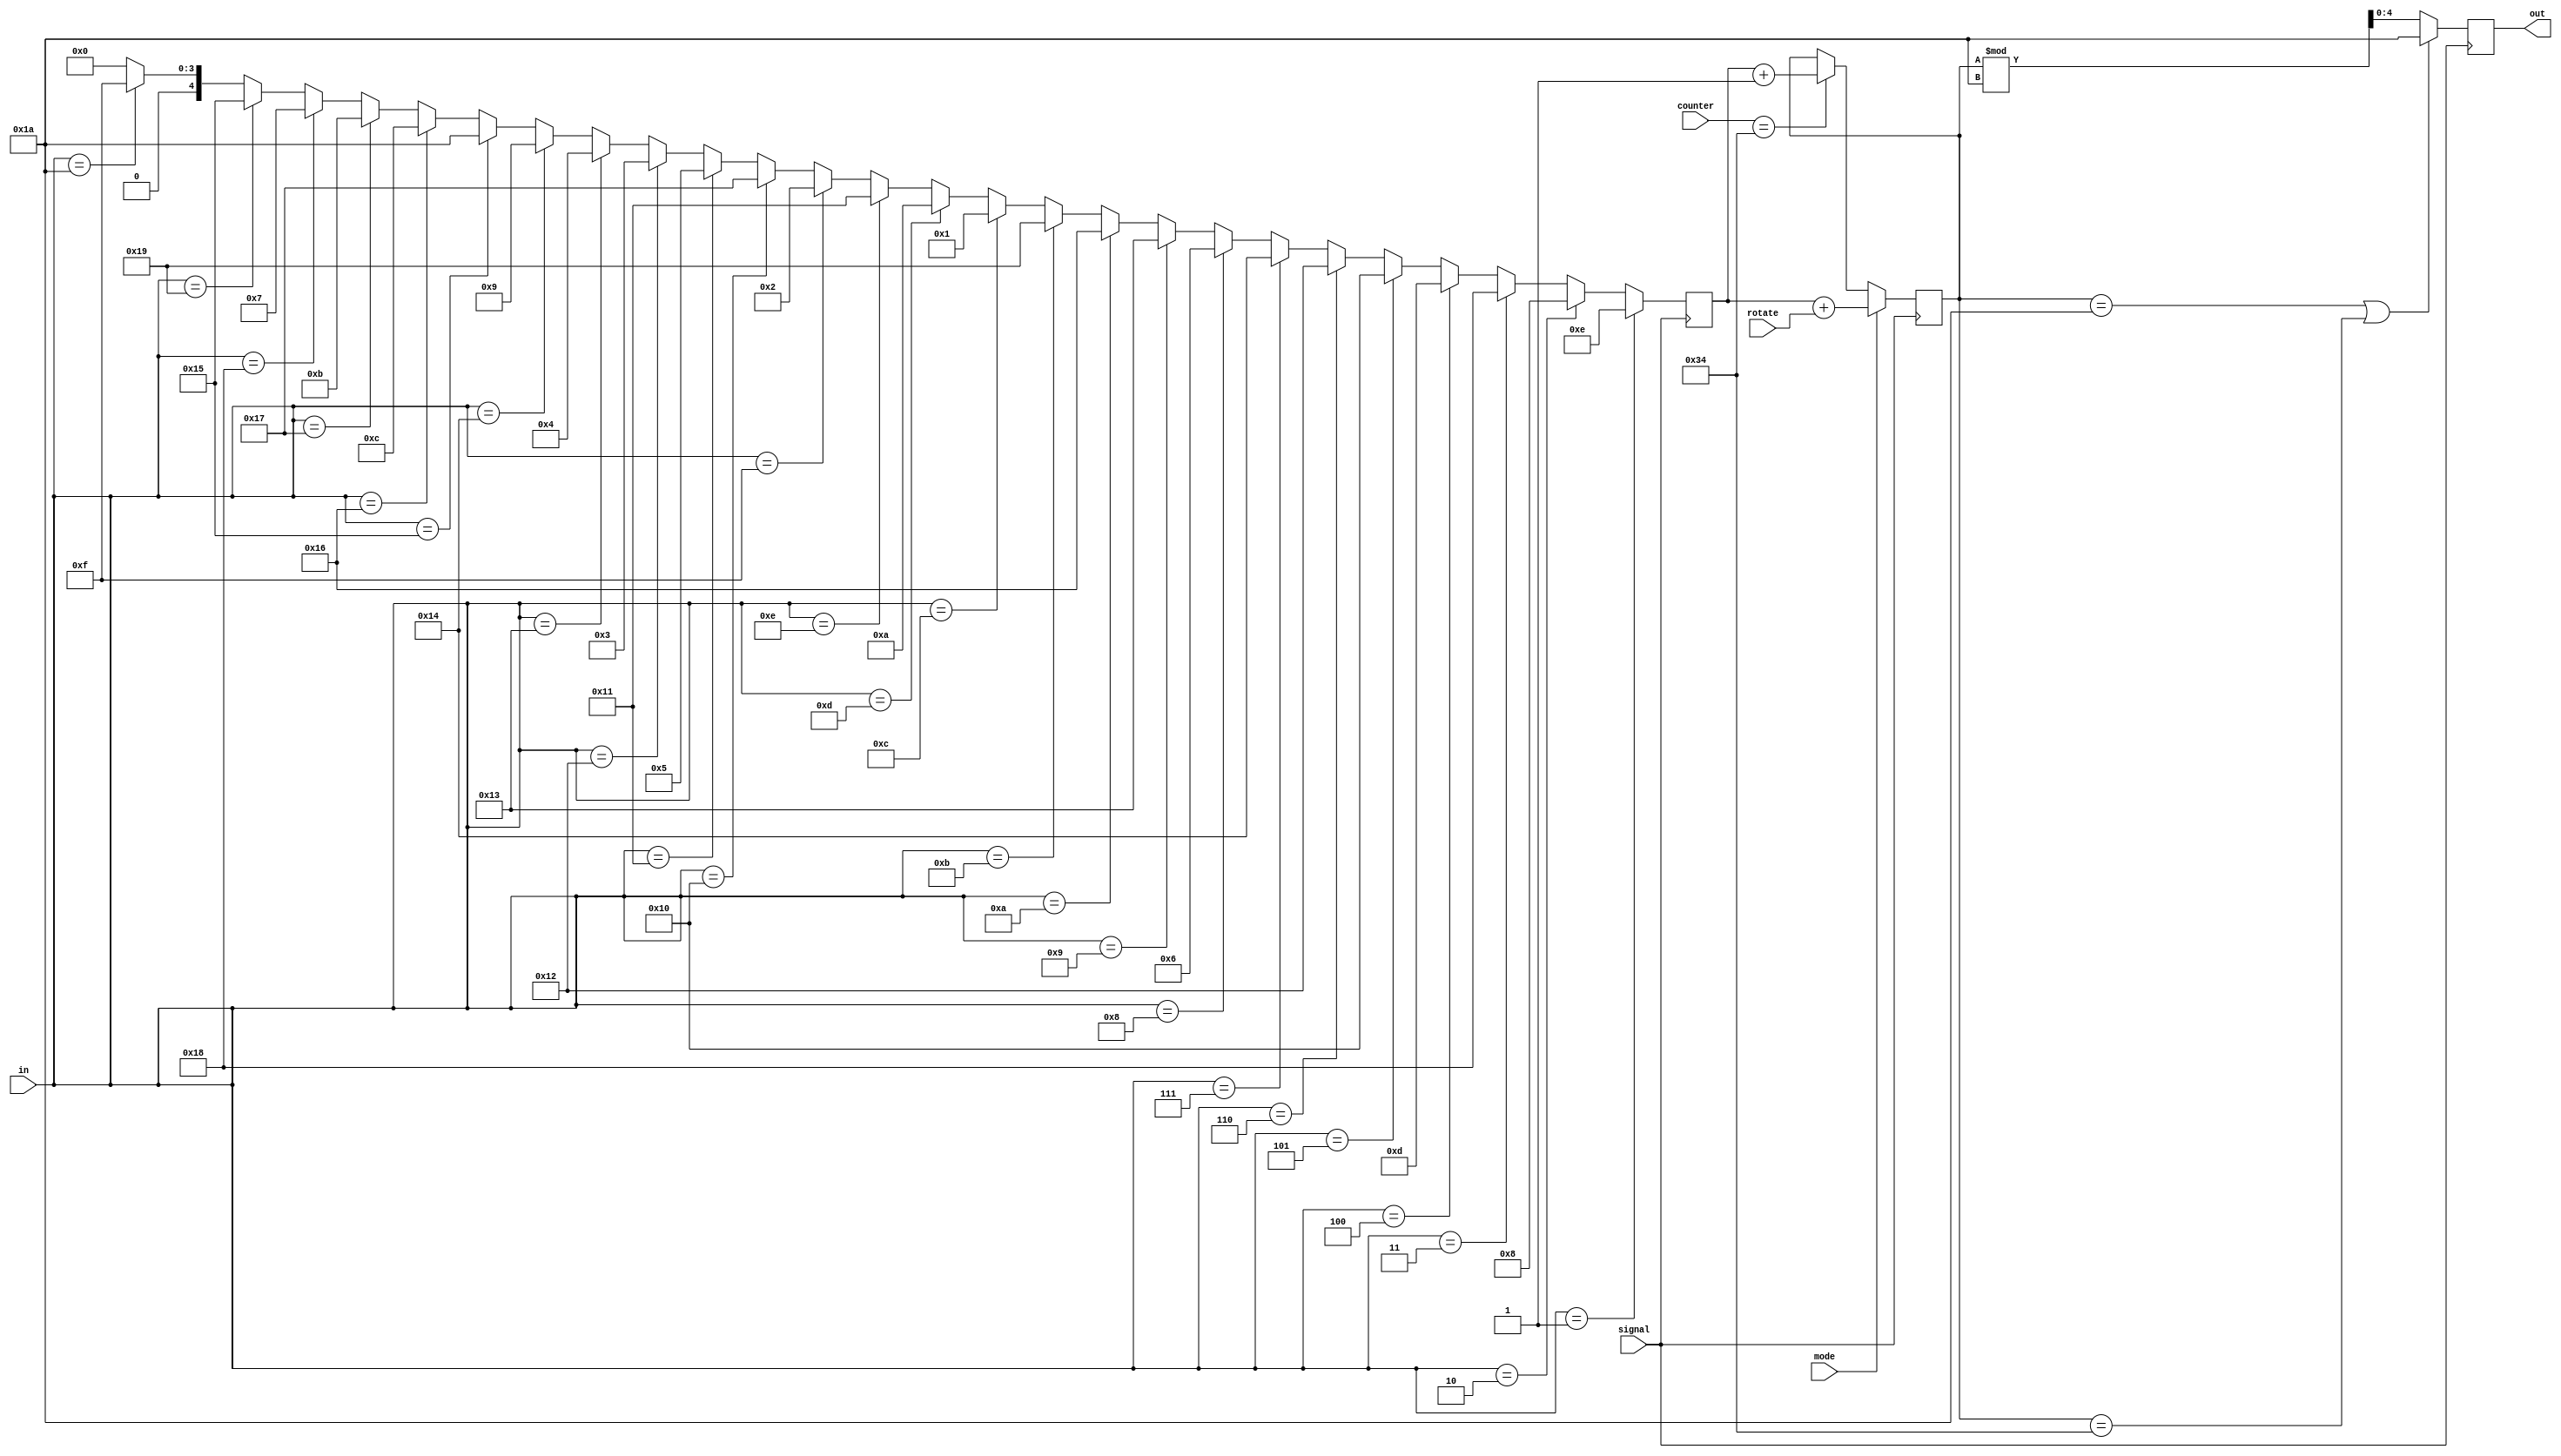
// Rotor 3 of the enigma machine
// Contains a map from inputs to corresponding outputs
// rotate modifies the output value, simulating the rotation process

module rotor3(out, in, rotate,mode,counter,signal);
    output reg [4:0] out;
    input [4:0] in;
    input [4:0] rotate;
    input mode, signal;
    input [5:0] counter;

    reg [4:0] M;    // intermediate value

    always @(posedge signal )
    begin
		if (in == 5'd1) begin
		  M = 5'd14;
		end else if (in == 5'd2) begin
		  M = 5'd8;
		end else if (in == 5'd3) begin
		  M = 5'd24;
		end else if (in == 5'd4) begin
		  M = 5'd13;
		end else if (in == 5'd5) begin
		  M = 5'd16;
		end else if (in == 5'd6) begin
		  M = 5'd18;
		end else if (in == 5'd7) begin
		  M = 5'd20;
		end else if (in == 5'd8) begin
		  M = 5'd6;
		end else if (in == 5'd9) begin
		  M = 5'd19;
		end else if (in == 5'd10) begin
		  M = 5'd22;
		end else if (in == 5'd11) begin
		  M = 5'd25;
		end else if (in == 5'd12) begin
		  M = 5'd1;
		end else if (in == 5'd13) begin
		  M = 5'd10;
		end else if (in == 5'd14) begin
		  M = 5'd17;
		end else if (in == 5'd15) begin
		  M = 5'd2;
		end else if (in == 5'd16) begin
		  M = 5'd23;
		end else if (in == 5'd17) begin
		  M = 5'd5;
		end else if (in == 5'd18) begin
		  M = 5'd3;
		end else if (in == 5'd19) begin
		  M = 5'd4;
		end else if (in == 5'd20) begin
		  M = 5'd9;
		end else if (in == 5'd21) begin
		  M = 5'd26;
		end else if (in == 5'd22) begin
		  M = 5'd12;
		end else if (in == 5'd23) begin
		  M = 5'd11;
		end else if (in == 5'd24) begin
		  M = 5'd7;
		end else if (in == 5'd25) begin
		  M = 5'd21;
		end else if (in == 5'd26) begin
		  M = 5'd15;
        end else begin
          M = 5'd0; // If the program runs correctly, this should never be the result
        end
    end

reg [5:0] sum;
always @(posedge signal) begin
    if(mode ==0) begin
    if ( counter ==52) begin
    sum = M + 1;
    end
    end
    else if (mode==1)//setting rotors
    begin 
    sum = M+rotate;
    end
    end
    
  
    always @ (posedge signal)
    begin
        if (sum == 6'd26 || sum == 6'd52) begin
            out <= 5'd26;
        end else begin
            out <= sum % 5'd26;
        end
    end

endmodule